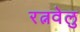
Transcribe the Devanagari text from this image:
रत्नवेलु